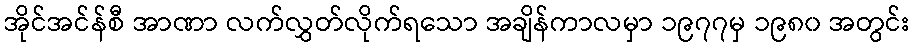
အိုင်အင်န်စီ အာဏာ လက်လွှတ်လိုက်ရသော အချိန်ကာလမှာ ၁၉၇၇မှ ၁၉၈၀ အတွင်း